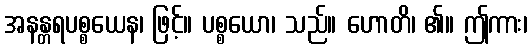
အနန္တရပစ္စယေန၊ ဖြင့်။ ပစ္စယော၊ သည်။ ဟောတိ၊ ၏။ ဤကား၊